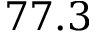
7 7 . 3